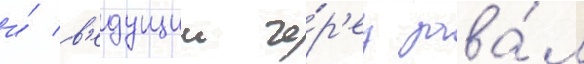
и́ в'едущии че́р'ез зава́л